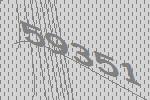
59351